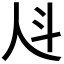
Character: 𰁩